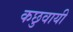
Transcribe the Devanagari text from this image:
कछुवायी